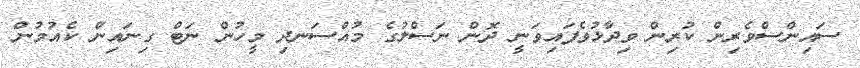
ސައިންސްވެރިން ކުރިން ވިދާޅުވެފައިވަނީ ދޮން ނަސްލުގެ މުއްސަނދި މީހުން ނަޓް ގިނައިން ކެއުމުން